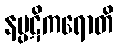
နပ္ပဋိကရောတိ